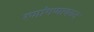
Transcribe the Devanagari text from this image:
रणांगणावरुन